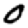
Digit: 0